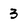
Character: 3